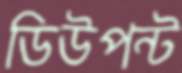
ডিউপন্ট